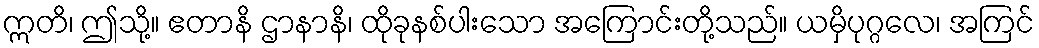
ဣတိ၊ ဤသို့။ ဧတာနိ ဌာနာနိ၊ ထိုခုနစ်ပါးသော အကြောင်းတို့သည်။ ယမှိပုဂ္ဂလေ၊ အကြင်